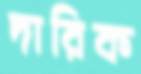
দারিক